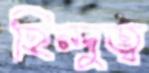
হিন্দুত্ব